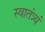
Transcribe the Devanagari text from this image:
स्वातंत्र्यं